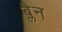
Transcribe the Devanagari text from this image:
ब्लैन